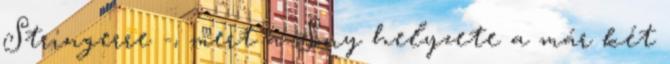
Stringerre -, mert a Sony helyzete a már két